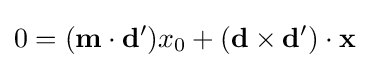
0=(\mathbf {m} \cdot \mathbf {d} ')x_{0}+(\mathbf {d} \times \mathbf {d} ')\cdot \mathbf {x}